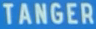
TANGER